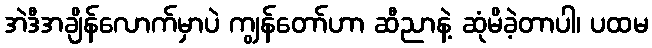
အဲဒီအချိန်လောက်မှာပဲ ကျွန်တော်ဟာ ဆီညာနဲ့ ဆုံမိခဲ့တာပါ၊ ပထမ